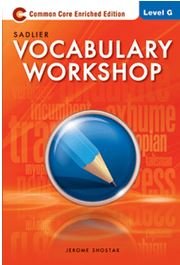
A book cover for Vocabulary Workshop Enriched Edition Level G Â©2012; Jerome Shostak; Reference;